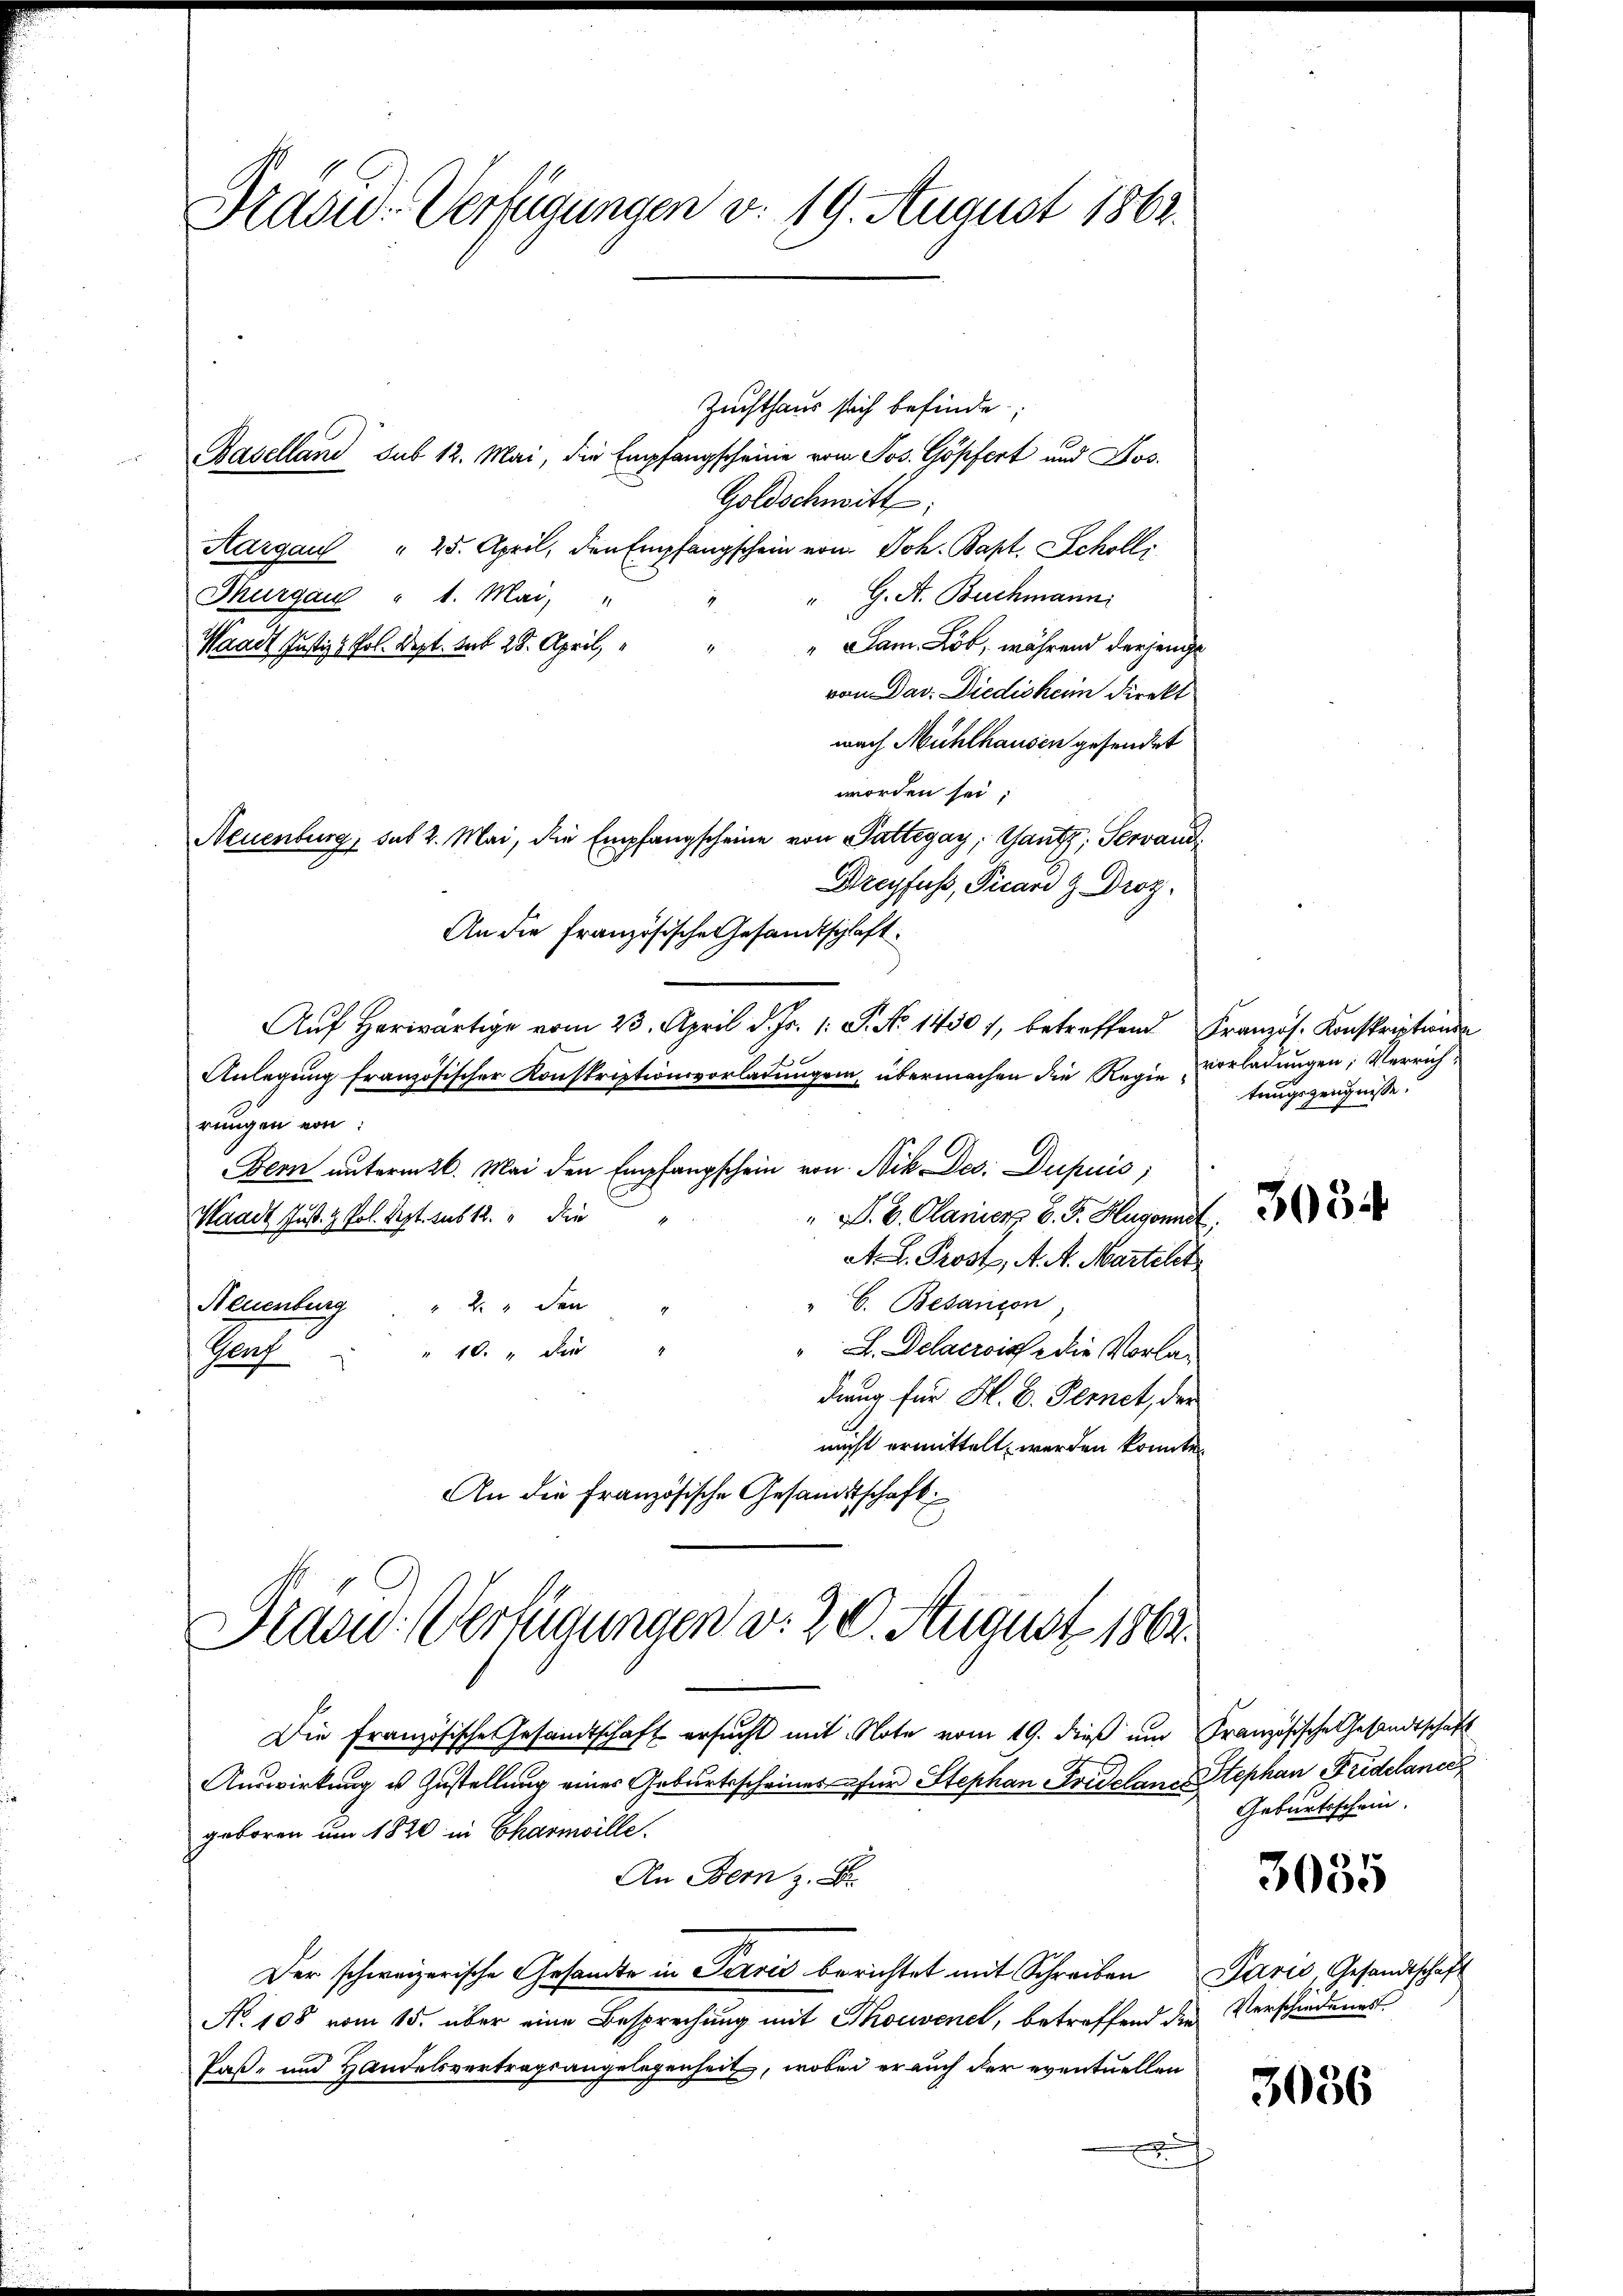
Präsid. Verfügungen v. 19. August 1863.

Präsid.- Verfügungen v. 20. August 1862.

Zuchthaus sich befinde
Baselland sub 12. Mai, die Empfangscheine von Jos. Göpfert und Jos.
Goldschmitt
Aargau " 25. April, den Empfangschein von Joh. Bapt. Scholl
" G. A. Buchmann.
Thurgau " 1. Mai,
Sam. Lob, während derjenige
Waadt Justiz & Pol. Dept. Seit 28. April,
von Dav. Diedickein Direkt
wach Mühlhausen gesendet
worden sei;
Neuenburg, sub 2. Mai, die Empfangscheine von Gattegay, Gantz, Servand¬
Dreyfuss, Picari z Droz.
An die Französische Gesandtschaft.
Auf herwärtige vom 23. April d. Js. 1. P. No 1430), betreffend Französ. Konskriptions
Anlegung französischer Konskriptionsvorladungen, übermachen die Regie vorladungen, Verrichrungen von:
Bern unterm 26. Mai den Empfangschein von Nik. Des: Dupuis
sch 11
" P. C. Planier B. J. Hugonnet,
Waadt Just. z. Pol. Sept. sub 12. " Die
A. L. Prost, A. A. Martelet
C. Besancon
2  den
Neuenburg
" 10 " der
L. Delacrois die Vorla¬
Guf
dung für H. B. Fernet, der
nicht ermittelt werden konnte.
An die Französische Gesandtschaft

tungszeugnisse.

Die Französische Gesandtschaft ersucht mit Note vom 19. dieß um Französische Gesandtschaft
Auswirkung u. Zustellung eines Geburtsscheines für Stephan Fridelane Stephan Fridelanc
geboren um 1820 in Charmville.
An Bern z. B.
Der schweizerische Gesandte in Servić berichtet mit Schreiben Paris, Gesandtschaft
No 108 vom 15. über eine Besprechung mit Thouvenet, betreffend der Verschiedungs-
Paß- und Handelsvertragsangelegenheit, wobei er auch der eventuellen
A

3034

Geburtsschein.

3035

3036